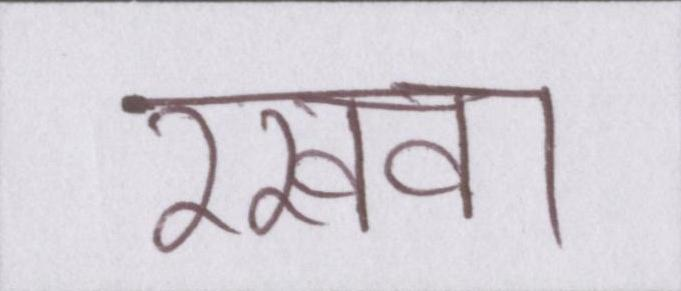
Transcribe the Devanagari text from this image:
रखवा